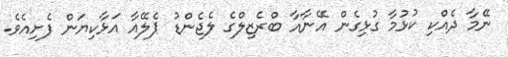
ނޭމާ ދެއްކި ކުޅުމާ ގުޅިގެން އޭނާއާ ބްރެޒިލްގެ ލެޖެންޑު ޕެލޭއާ އަޅާކިޔަން ފެށިއެވެ.